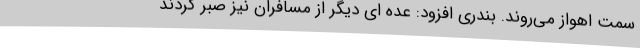
سمت اهواز می‌روند. بندری افزود: عده ای دیگر از مسافران نیز صبر کردند